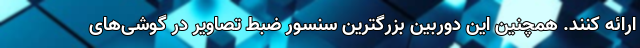
ارائه کنند. همچنین این دوربین بزرگترین سنسور ضبط تصاویر در گوشی‌های